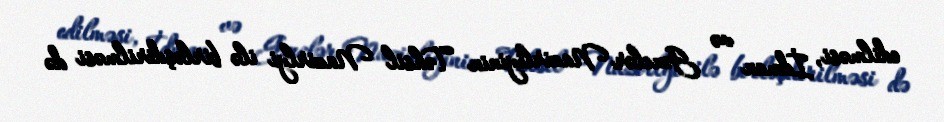
edilməsi, İdman və Gənclər Nazirliyinin Təhsil Nazirlyi ilə birləşdirilməsi də